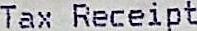
TAX RECEIPT